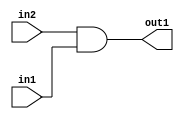
`timescale 1ps / 1ps
/*****************************************************************************
    Verilog RTL Description
    
    
    Created by: Stratus DpOpt 2019.1.01 
*******************************************************************************/

module st_weight_addr_gen_And_1Ux1U_1U_4_3 (
	in2,
	in1,
	out1
	); /* architecture "behavioural" */ 
input  in2,
	in1;
output  out1;
wire  asc001;

assign asc001 = 
	(in2)
	&(in1);

assign out1 = asc001;
endmodule

/* CADENCE  urf5Qgs= : u9/ySgnWtBlWxVPRXgAZ4Og= ** DO NOT EDIT THIS LINE ******/